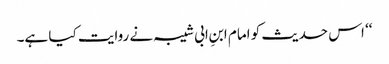
‘‘ اس حدیث کو امام ابنِ ابی شیبہ نے روایت کیا ہے۔